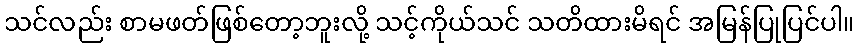
သင်လည်း စာမဖတ်ဖြစ်တော့ဘူးလို့ သင့်ကိုယ်သင် သတိထားမိရင် အမြန်ပြုပြင်ပါ။